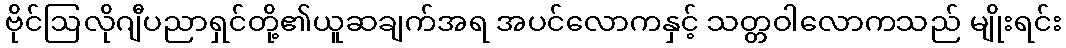
ဗိုင်ဩလိုဂျီပညာရှင်တို့၏ယူဆချက်အရ အပင်လောကနှင့် သတ္တဝါလောကသည် မျိုးရင်း